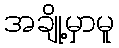
အချို့မှာမူ